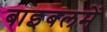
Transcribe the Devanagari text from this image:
बाइबलमें